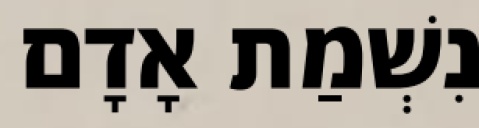
נִשְׁמַת אָדָם